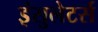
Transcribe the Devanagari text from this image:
इंसुलेटर्स